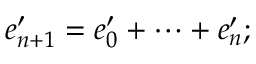
e _ { n + 1 } ^ { \prime } = e _ { 0 } ^ { \prime } + \dots + e _ { n } ^ { \prime } ;